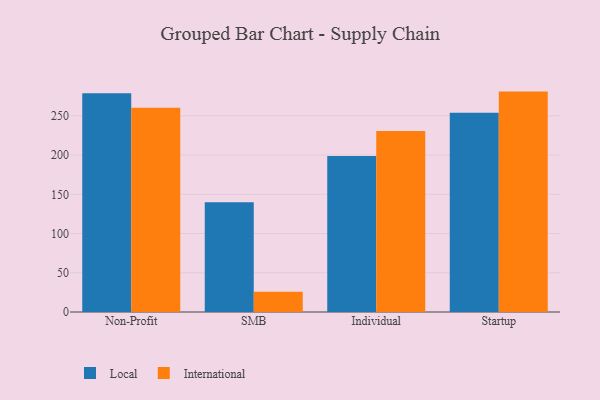
{"axis": {"x": "Segment", "y": "Revenue (USD Million)"}, "legend": ["International", "Local"], "data": [{"x": "Non-Profit", "y": 278.8, "type": "Local"}, {"x": "Non-Profit", "y": 260.3, "type": "International"}, {"x": "SMB", "y": 139.8, "type": "Local"}, {"x": "SMB", "y": 25.9, "type": "International"}, {"x": "Individual", "y": 198.7, "type": "Local"}, {"x": "Individual", "y": 230.7, "type": "International"}, {"x": "Startup", "y": 253.8, "type": "Local"}, {"x": "Startup", "y": 280.9, "type": "International"}]}